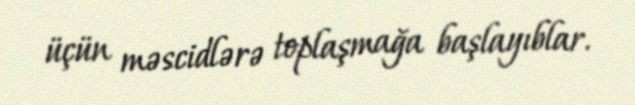
üçün məscidlərə toplaşmağa başlayıblar.